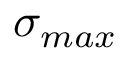
\sigma _ { m a x }